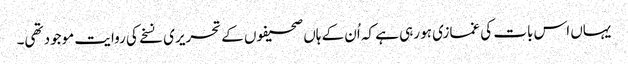
یہاں اس بات کی غمازی ہو رہی ہے کہ اُن کے ہاں صحیفوں کے تحریری نسخے کی روایت موجود تھی۔